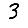
Digit: 3